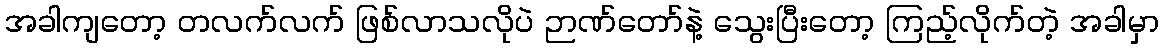
အခါကျတော့ တလက်လက် ဖြစ်လာသလိုပဲ ဉာဏ်တော်နဲ့ သွေးပြီးတော့ ကြည့်လိုက်တဲ့ အခါမှာ